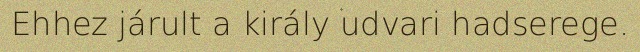
Ehhez járult a király udvari hadserege.